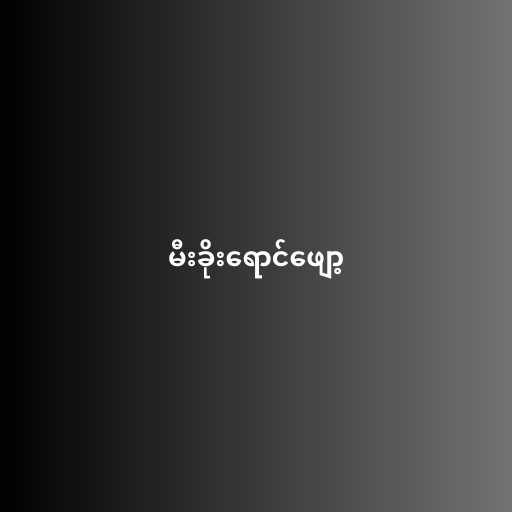
မီးခိုးရောင်ဖျော့